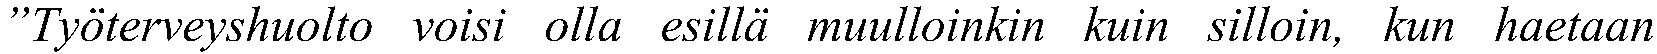
”Työterveyshuolto voisi olla esillä muulloinkin kuin silloin, kun haetaan